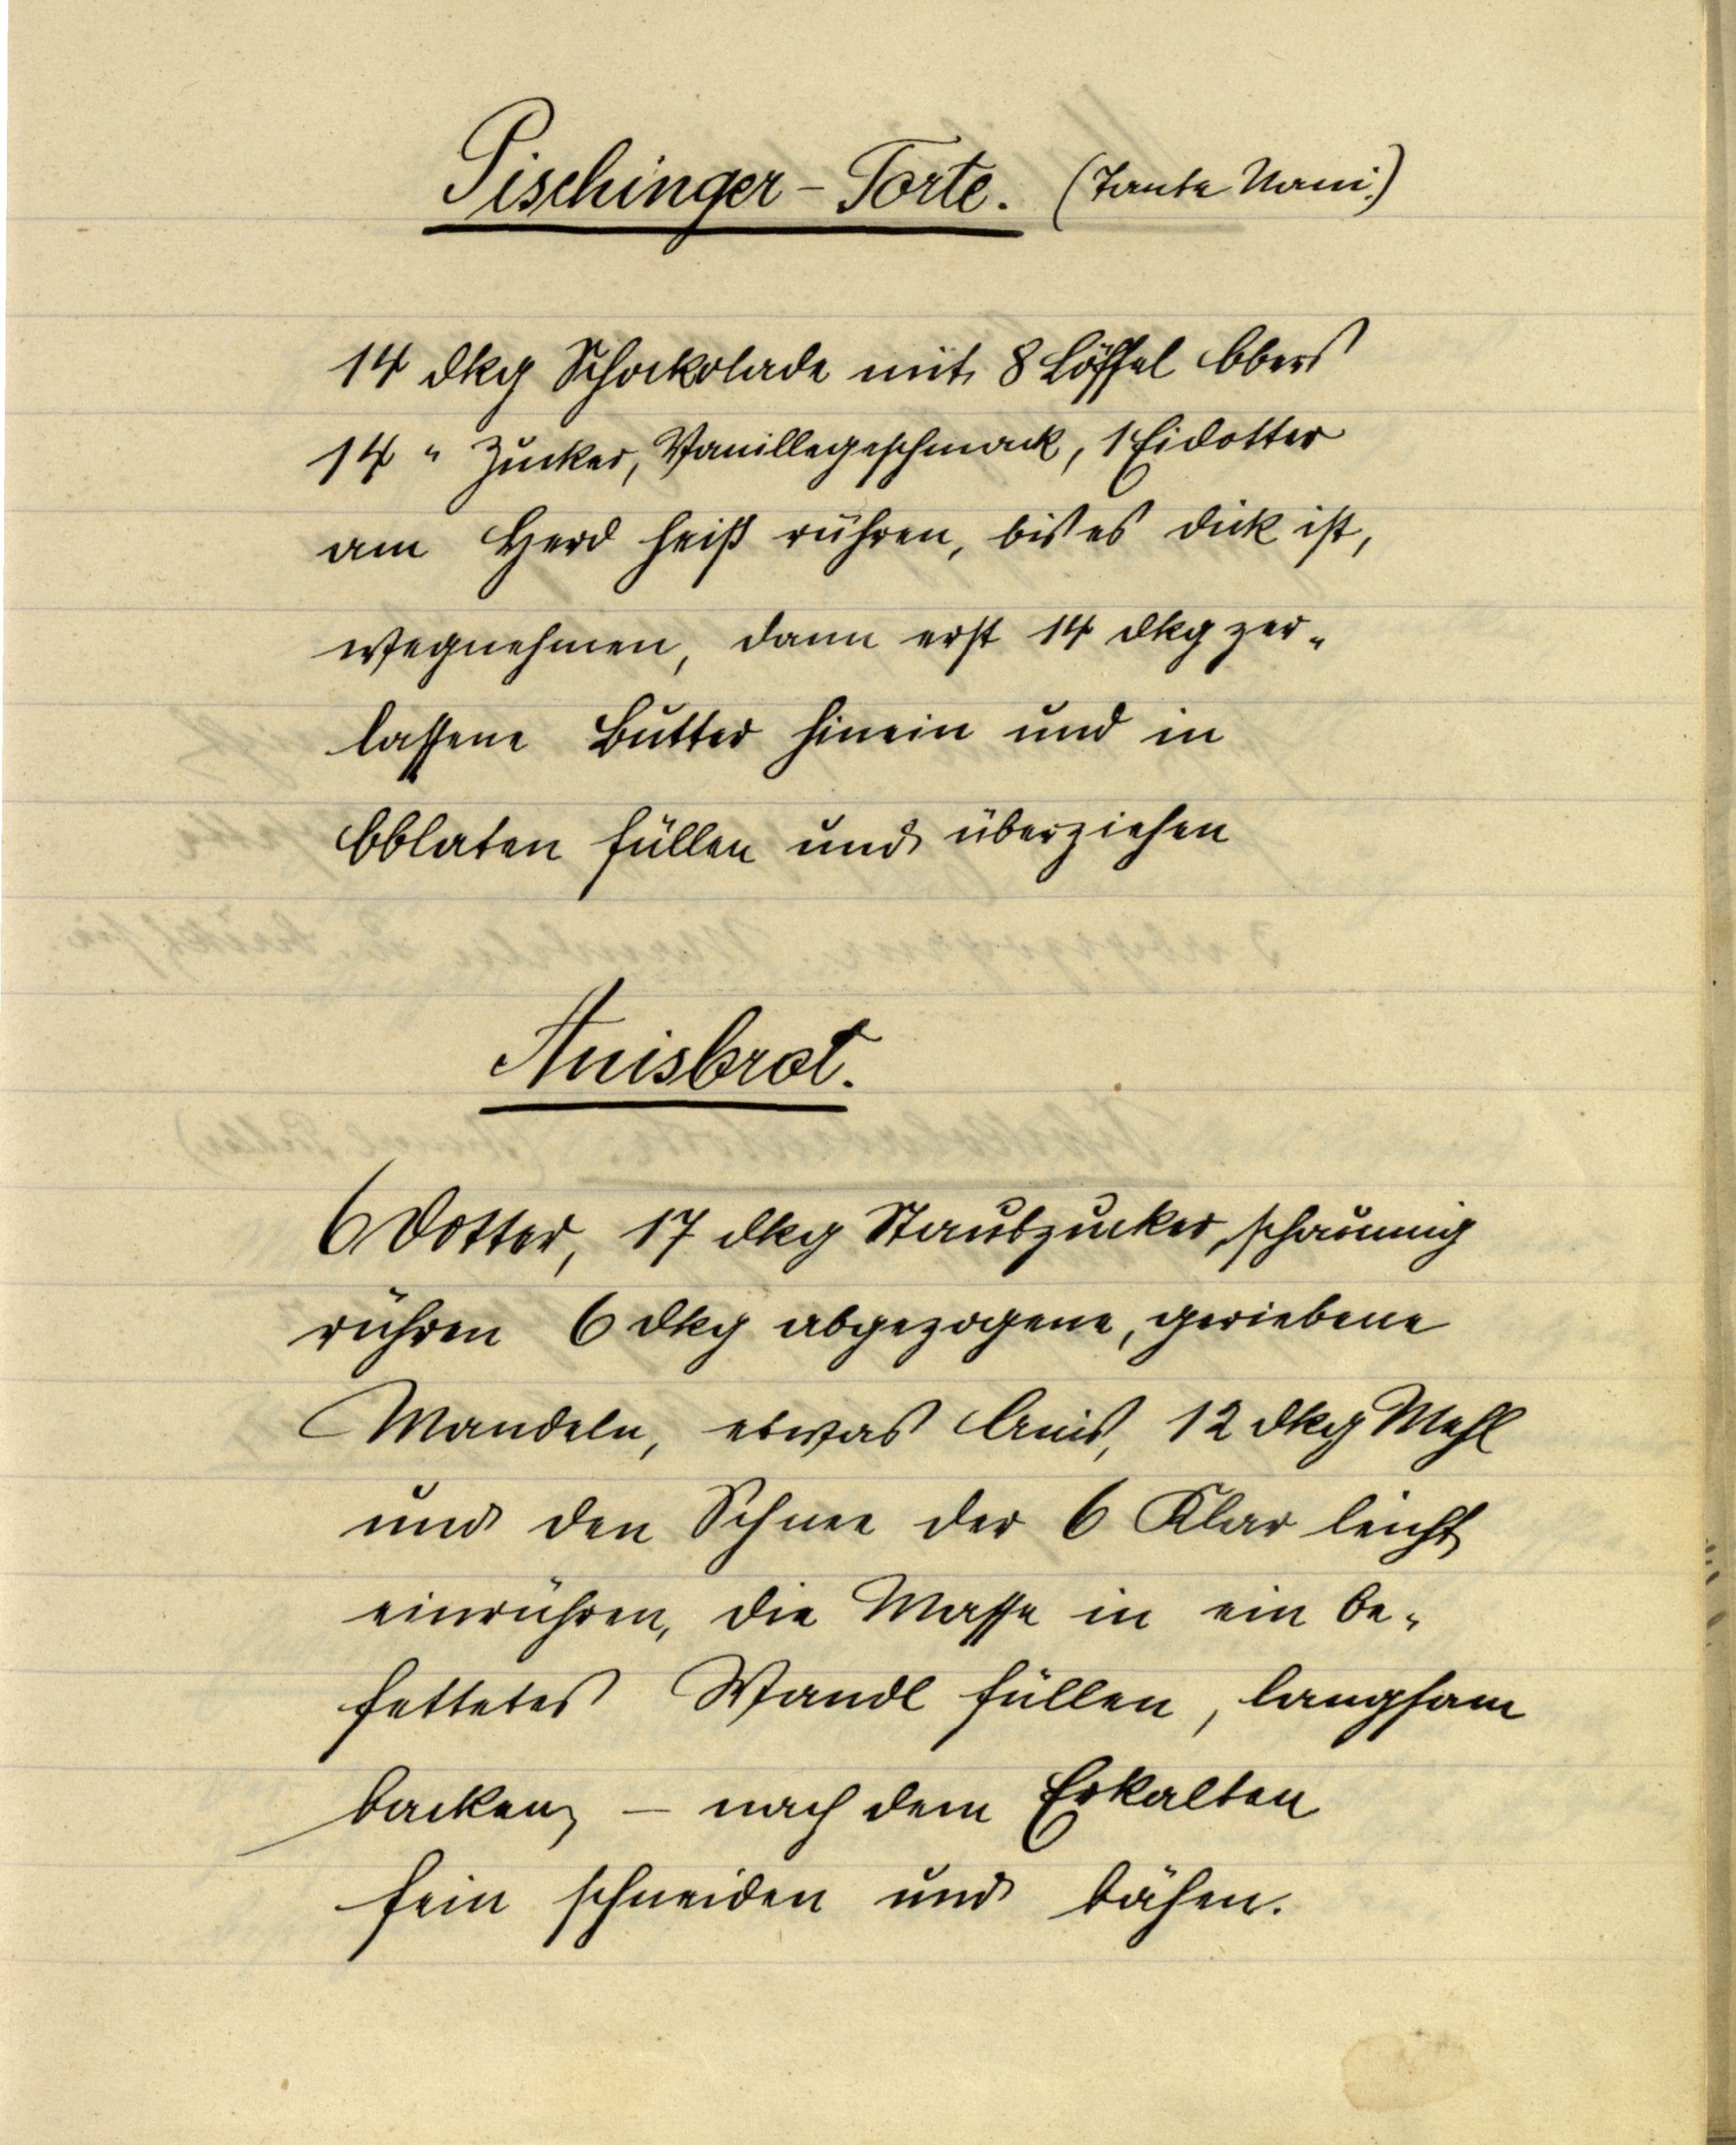
Pischinger-Torte. (Tante Nani.)

14 dkg Schockolade mit 8 Löffel Obers
14 " Zucker, Vanillegeschmack, 1 Eidotter
am Herd heiß rühren, bis es dick ist,
wegnehmen, dann erst 14 dkg zer¬
lassene Butter hinein und in
Oblaten füllen und überziehen

Anisbrot.

6 Dotter, 17 dkg Staubzucker, schaumig
rühren 6 dkg abgezogene, geriebene
Mandeln, etwas Anis, 12 dkg Mehl
und den Schnee der 6 Klar leicht
einrühren, die Masse in ein be¬
fettetes Wandl füllen, langsam
backen, — nach dem Erkalten
fein schneiden und bähen.